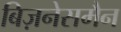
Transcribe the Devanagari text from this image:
बिज़नेसमैन